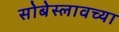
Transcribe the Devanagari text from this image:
सोबेस्लावच्या